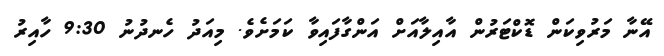
އޭނާ މަރުވިކަން ޑޮކްޓަރުން އާއިލާއަށް އަންގާފައިވާ ކަމަށެވެ. މިއަދު ހެނދުނު 9:30 ހާއިރު